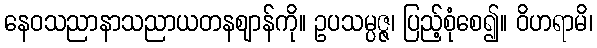
နေဝသညာနာသညာယတနဈာန်ကို။ ဥပသမ္ပဇ္ဇ၊ ပြည့်စုံစေ၍။ ဝိဟရာမိ၊